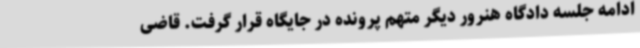
ادامه جلسه دادگاه هنرور دیگر متهم پرونده در جایگاه قرار گرفت. قاضی